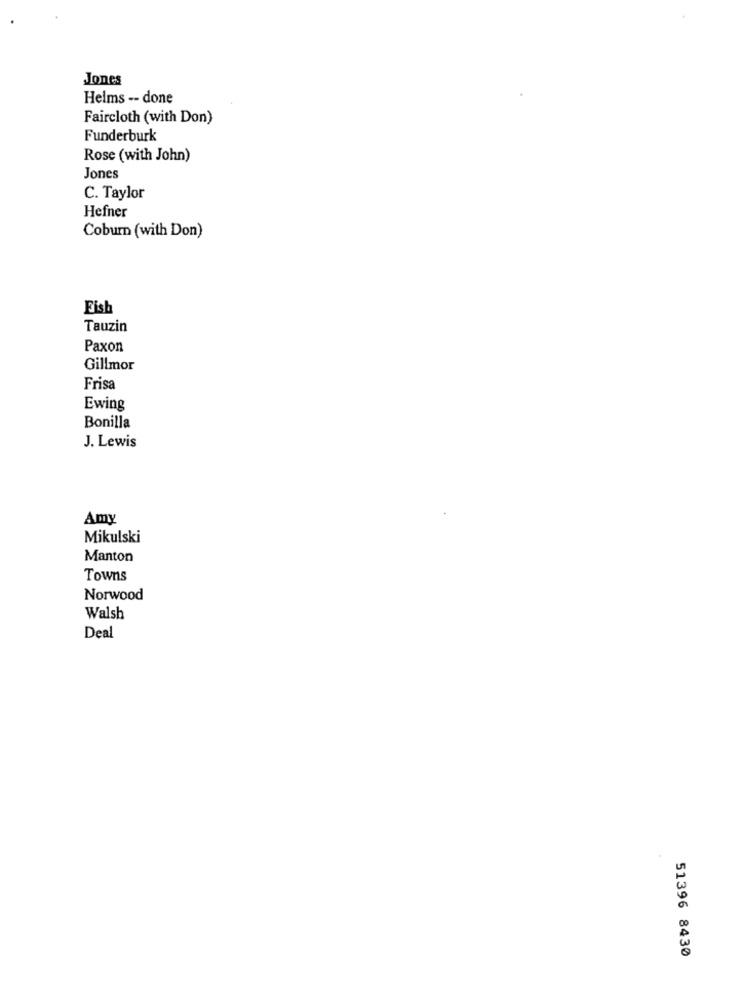
Jones
Helms -- done
Faircloth (with Don)
Funderburk
Rose (with John)
Jones
C. Taylor
Hefner
Coburn (with Don)
Fish
Tauzin
Paxon
Gillmor
Frisa
Ewing
Bonilla
J. Lewis
Amy
Mikulski
Manton
Towns
Norwood
Walsh
Deal
51396 8430